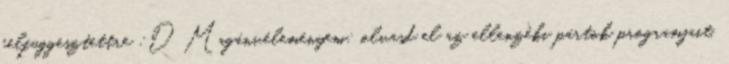
felfuggesztettre :D Magánvéleményem: olvasd el az ellenzéki pártok programjait,